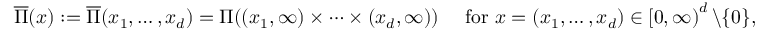
\begin{array} { r } { \overline { \Pi } ( \boldsymbol x ) : = \overline { \Pi } ( x _ { 1 } , \ldots , x _ { d } ) = \Pi ( ( x _ { 1 } , \infty ) \times \cdots \times ( x _ { d } , \infty ) ) \quad \mathrm { ~ f o r ~ } \boldsymbol x = ( x _ { 1 } , \ldots , x _ { d } ) \in \left[ 0 , \infty \right) ^ { d } \backslash \{ \boldsymbol 0 \} , } \end{array}